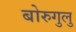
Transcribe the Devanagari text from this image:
बोरुगुलु